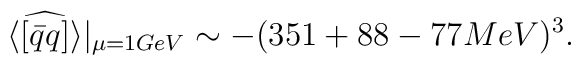
\widehat{\langle[\bar  q q]\rangle}|_{\mu=1GeV}\sim -(351+88-77 MeV)^{3}.